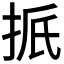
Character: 𪭭